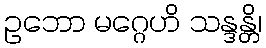
ဥဘော မဂ္ဂေဟိ သန္ဒန္တိ၊